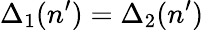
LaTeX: \Delta_{1}(n^{\prime})=\Delta_{2}(n^{\prime})